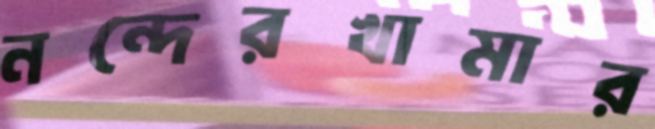
নন্দেরখামার